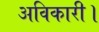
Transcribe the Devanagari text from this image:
अविकारी।